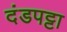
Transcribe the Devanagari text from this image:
दंडपट्टा